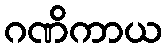
ဂဏိကာယ